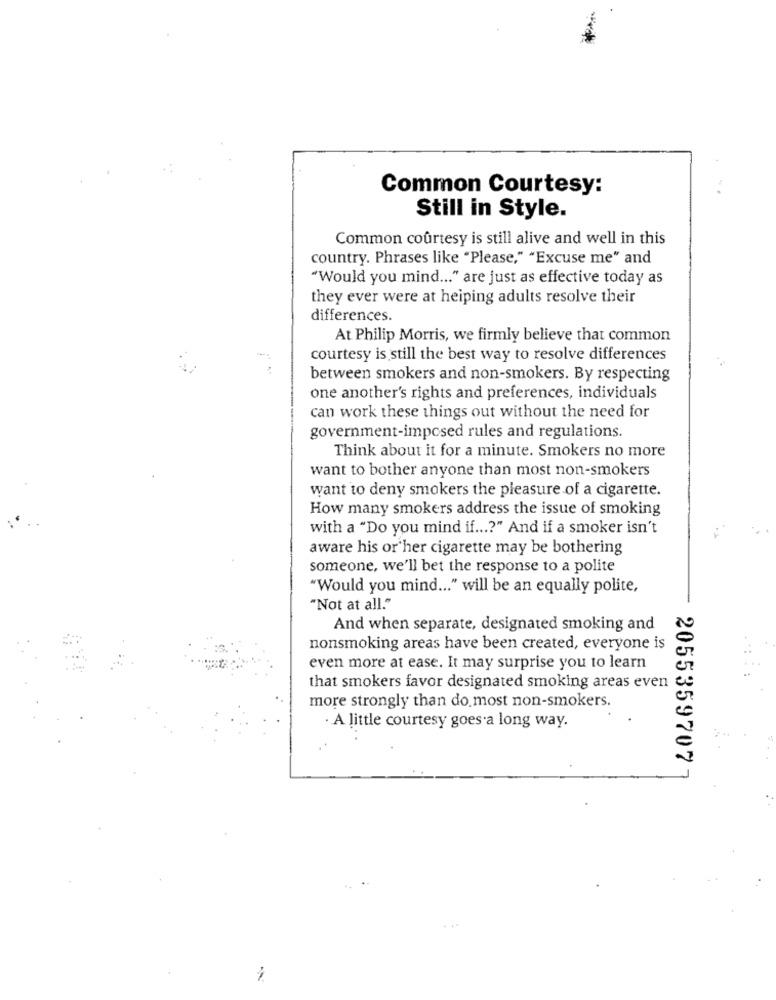
Common Courtesy:
Still in Style.
Common courtesy is still alive and well in this
country. Phrases like "Please," "Excuse me" and
"Would you mind ... " are just as effective today as
they ever were at heiping adults resolve their
differences.
At Philip Morris, we firmly believe that common
courtesy is still the best way to resolve differences
between smokers and non-smokers. By respecting
one another's rights and preferences, individuals
can work these things out without the need for
government-imposed rules and regulations.
Think about it for a minute. Smokers no more
want to bother anyone than most non-smokers
want to deny smokers the pleasure of a cigarette.
How many smokers address the issue of smoking
with a "Do you mind if ...? " And if a smoker isn't
aware his or her cigarette may be bothering
someone, we'll bet the response to a polite
"Would you mind ... " will be an equally polite,
"Not at all."
And when separate, designated smoking and
nonsmoking areas have been created, everyone is
even more at ease. It may surprise you to learn
that smokers favor designated smoking areas even
more strongly than do most non-smokers.
· A little courtesy goes a long way.
2055359707